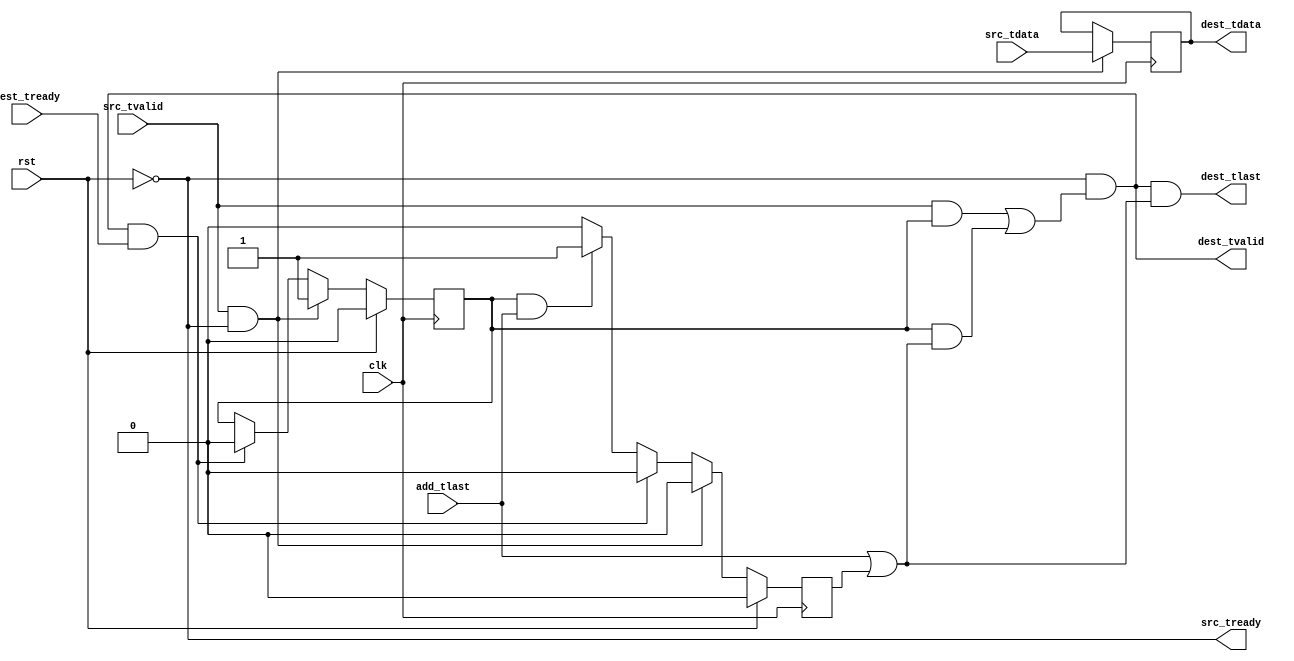
/**
 * @file axistream_add_tlast
 * @author Trip Richert
 **/

// license at bottom of file

/**
 * @interface axistream_add_tlast
 * @brief buffers one word of stream, releasing when more data is available or tlast cmded
 **/

module axistream_add_tlast
  (
   clk,
   rst,

   src_tvalid,
   src_tready,
   src_tdata,

   dest_tvalid,
   dest_tready,
   dest_tdata,
   dest_tlast,

   add_tlast
   );

   parameter DATA_WIDTH = 8;

   input                              clk;
   input                              rst;

   input                              src_tvalid;
   output                             src_tready;
   input [DATA_WIDTH-1:0]             src_tdata;

   output 		              dest_tvalid;
   input 		              dest_tready;
   output [DATA_WIDTH-1:0]            dest_tdata;
   output 			      dest_tlast;
   
   input 			      add_tlast;
   
   reg [DATA_WIDTH-1:0] 	      data_buf;
   reg 				      buffered;
   reg 				      hold_tlast;
   
   

   assign dest_tvalid = !rst && (
				 (src_tvalid && buffered) 
				 || (buffered && (add_tlast || hold_tlast))
				 );
   assign src_tready = !rst;

   assign dest_tlast = dest_tvalid && (add_tlast || hold_tlast);
   
   assign dest_tdata = data_buf;

   initial begin
      buffered <= 1'b0;
      hold_tlast <= 1'b0;
   end
   
   always @(posedge clk) begin
      if (src_tvalid && src_tready) begin
	 data_buf <= src_tdata;
         buffered <= 1'b1;
	 hold_tlast <= 1'b0;
      end else if (dest_tvalid && dest_tready) begin
	 buffered <= 1'b0;
	 data_buf <= data_buf;
	 hold_tlast <= 1'b0;
      end else begin
	 buffered <= buffered;
	 data_buf <= data_buf;
	 if (buffered && add_tlast) begin
	   hold_tlast <= 1'b1;
	 end else begin
	   hold_tlast <= 1'b0;
	 end
      end
      if (rst) begin
	 hold_tlast <= 1'b0;
	 buffered <= 1'b0;
      end
   end

endmodule // axistream_add_tlast

// Copyright 2021 Trip Richert

// Permission is hereby granted, free of charge, to any person obtaining a copy
// of this software and associated documentation files (the "Software"), 
// to deal in the Software without restriction, including without limitation 
// the rights to use, copy, modify, merge, publish, distribute, sublicense, 
// and/or sell copies of the Software, and to permit persons to whom the 
// Software is furnished to do so, subject to the following conditions:

// The above copyright notice and this permission notice shall be included in 
// all copies or substantial portions of the Software.

// THE SOFTWARE IS PROVIDED "AS IS", WITHOUT WARRANTY OF ANY KIND, EXPRESS OR 
// IMPLIED, INCLUDING BUT NOT LIMITED TO THE WARRANTIES OF MERCHANTABILITY, 
// FITNESS FOR A PARTICULAR PURPOSE AND NONINFRINGEMENT. IN NO EVENT SHALL THE 
// AUTHORS OR COPYRIGHT HOLDERS BE LIABLE FOR ANY CLAIM, DAMAGES OR OTHER 
// LIABILITY, WHETHER IN AN ACTION OF CONTRACT, TORT OR OTHERWISE, ARISING FROM,
// OUT OF OR IN CONNECTION WITH THE SOFTWARE OR THE USE OR OTHER DEALINGS IN 
// THE SOFTWARE.